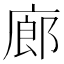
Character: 廊